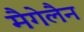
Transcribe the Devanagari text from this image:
मैगेलैन